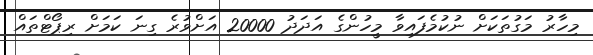
މިހާރު މަގުތަކަށް ނުކުމެފައިވާ މީހުންގެ އަދަދު 20000 އަށްވުރެ ގިނަ ކަމަށް ރިޕޯޓްތައް